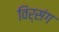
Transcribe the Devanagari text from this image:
विर्संग